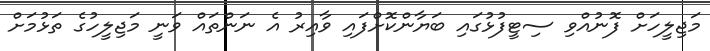
މަޖިލީހަށް ފޮނުއްވި ސިޓީފުޅުގައި ބަޔާންކޮށްފައި ވާއިރު އެ ނަންތައް ވަނީ މަޖިލީހުގެ ތަޅުމަށް